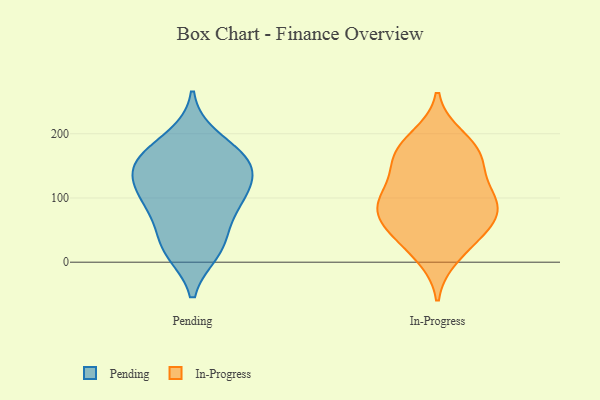
{"axis": {"x": "Demand Index", "y": "Value"}, "legend": ["In-Progress", "Pending"], "data": [{"x": "", "y": 156, "type": "Pending"}, {"x": "", "y": 136, "type": "Pending"}, {"x": "", "y": 23, "type": "Pending"}, {"x": "", "y": 193, "type": "Pending"}, {"x": "", "y": 90, "type": "Pending"}, {"x": "", "y": 146, "type": "Pending"}, {"x": "", "y": 115, "type": "Pending"}, {"x": "", "y": 18, "type": "Pending"}, {"x": "", "y": 161, "type": "Pending"}, {"x": "", "y": 33, "type": "Pending"}, {"x": "", "y": 95, "type": "Pending"}, {"x": "", "y": 161, "type": "Pending"}, {"x": "", "y": 87, "type": "Pending"}, {"x": "", "y": 116, "type": "In-Progress"}, {"x": "", "y": 73, "type": "In-Progress"}, {"x": "", "y": 101, "type": "In-Progress"}, {"x": "", "y": 178, "type": "In-Progress"}, {"x": "", "y": 58, "type": "In-Progress"}, {"x": "", "y": 10, "type": "In-Progress"}, {"x": "", "y": 82, "type": "In-Progress"}, {"x": "", "y": 86, "type": "In-Progress"}, {"x": "", "y": 98, "type": "In-Progress"}, {"x": "", "y": 166, "type": "In-Progress"}, {"x": "", "y": 194, "type": "In-Progress"}, {"x": "", "y": 30, "type": "In-Progress"}, {"x": "", "y": 50, "type": "In-Progress"}, {"x": "", "y": 162, "type": "In-Progress"}, {"x": "", "y": 153, "type": "In-Progress"}]}